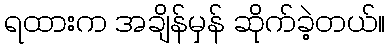
ရထားက အချိန်မှန် ဆိုက်ခဲ့တယ်။